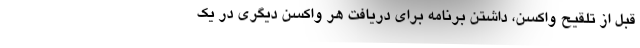
قبل از تلقیح واکسن، داشتن برنامه برای دریافت هر واکسن دیگری در یک